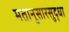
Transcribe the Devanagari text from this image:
मतानुसारसुद्धा